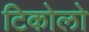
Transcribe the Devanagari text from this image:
टिकोलो